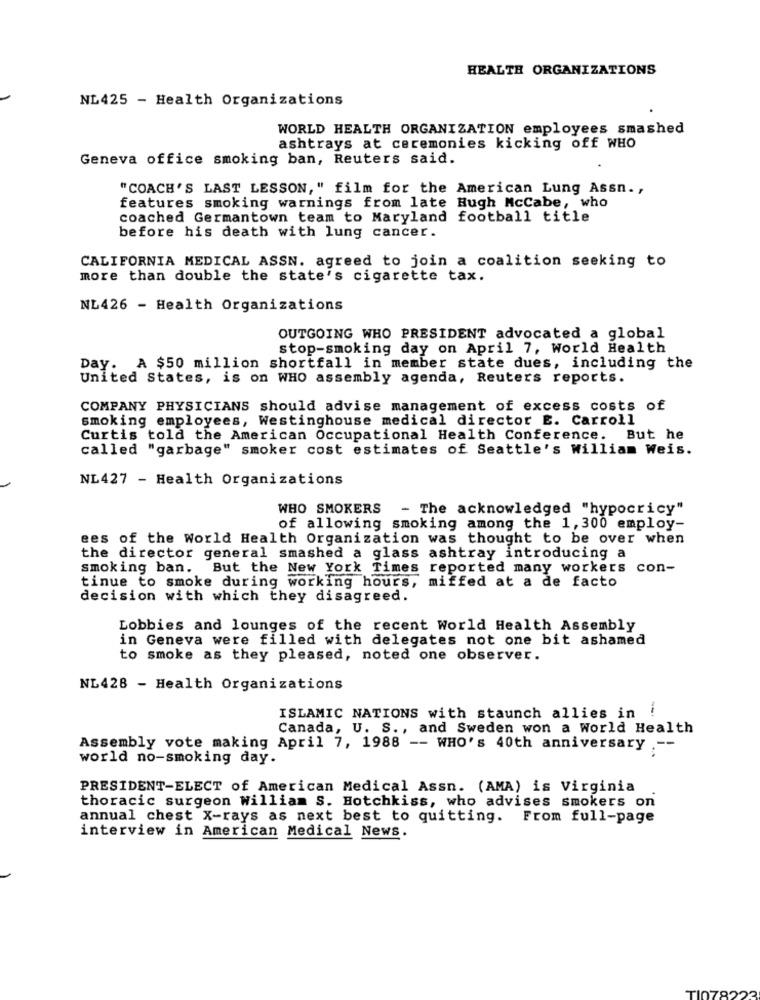
HEALTH ORGANIZATIONS
NL425 - Health Organizations
WORLD HEALTH ORGANIZATION employees smashed
ashtrays at ceremonies kicking off WHO
Geneva office smoking ban, Reuters said.
"COACH'S LAST LESSON," film for the American Lung Assn. ,
features smoking warnings from late Hugh McCabe, who
coached Germantown team to Maryland football title
before his death with lung cancer.
CALIFORNIA MEDICAL ASSN. agreed to join a coalition seeking to
more than double the state's cigarette tax.
NL426 - Health Organizations
OUTGOING WHO PRESIDENT advocated a global
stop-smoking day on April 7, World Health
Day. A $50 million shortfall in member state dues, including the
United States, is on WHO assembly agenda, Reuters reports.
COMPANY PHYSICIANS should advise management of excess costs of
smoking employees, Westinghouse medical director E. Carroll
Curtis told the American Occupational Health Conference. But he
called "garbage" smoker cost estimates of Seattle's William Weis.
NL427 - Health Organizations
WHO SMOKERS - The acknowledged "hypocricy"
of allowing smoking among the 1,300 employ-
ees of the World Health Organization was thought to be over when
the director general smashed a glass ashtray introducing a
smoking ban. But the New York Times reported many workers con-
tinue to smoke during working hours, miffed at a de facto
decision with which they disagreed.
Lobbies and lounges of the recent World Health Assembly
in Geneva were filled with delegates not one bit ashamed
to smoke as they pleased, noted one observer.
NL428 - Health Organizations
ISLAMIC NATIONS with staunch allies in !
Canada, U. S ., and Sweden won a World Health
Assembly vote making April 7, 1988 -- WHO's 40th anniversary .--
world no-smoking day.
PRESIDENT-ELECT of American Medical Assn. (AMA) is Virginia
thoracic surgeon William S. Hotchkiss, who advises smokers on
annual chest X-rays as next best to quitting. From full-page
interview in American Medical News.
TI078